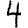
Digit: 4